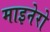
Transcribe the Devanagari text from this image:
माइनेरो